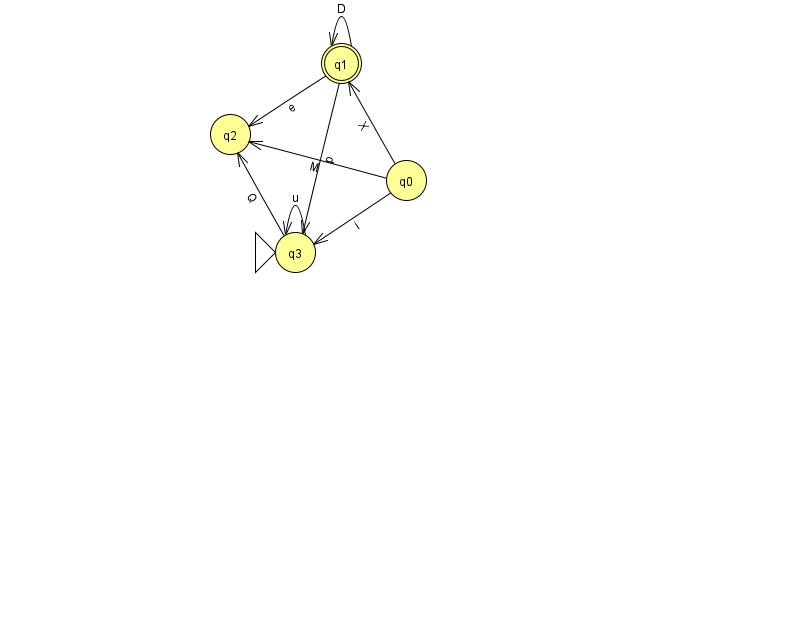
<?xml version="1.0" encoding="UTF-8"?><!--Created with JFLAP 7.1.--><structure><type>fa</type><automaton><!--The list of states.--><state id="0" name="q0"><x>406.0</x><y>167.0</y></state><state id="1" name="q1"><x>341.0</x><y>50.0</y><final/></state><state id="2" name="q2"><x>230.0</x><y>121.0</y></state><state id="3" name="q3"><x>295.0</x><y>239.0</y><initial/></state><!--The list of transitions.--><transition><from>0</from><to>3</to><read>i</read></transition><transition><from>3</from><to>2</to><read>Q</read></transition><transition><from>1</from><to>1</to><read>D</read></transition><transition><from>0</from><to>2</to><read>M</read></transition><transition><from>3</from><to>3</to><read>u</read></transition><transition><from>1</from><to>2</to><read>e</read></transition><transition><from>0</from><to>1</to><read>X</read></transition><transition><from>1</from><to>3</to><read>p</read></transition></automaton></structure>